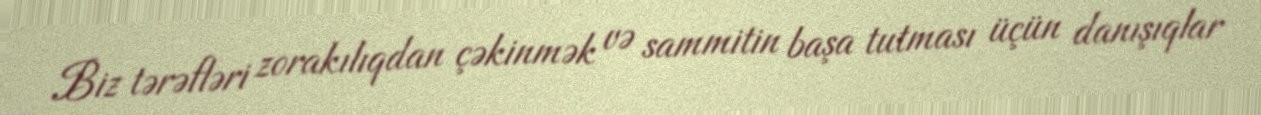
Biz tərəfləri zorakılıqdan çəkinmək və sammitin başa tutması üçün danışıqlar